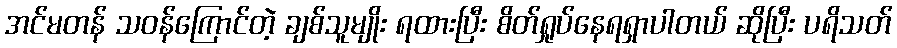
အင်မတန် သဝန်ကြောင်တဲ့ ချစ်သူမျိုး ရထားပြီး စိတ်ရှုပ်နေရရှာပါတယ် ဆိုပြီး ပရိသတ်